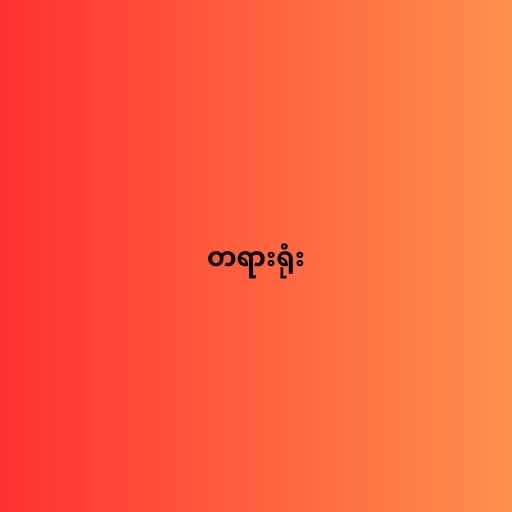
တရားရုံး